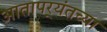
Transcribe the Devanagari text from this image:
आतापर्‍यंतच्या